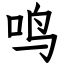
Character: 鸣